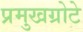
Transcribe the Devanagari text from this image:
प्रमुखग्रोटे